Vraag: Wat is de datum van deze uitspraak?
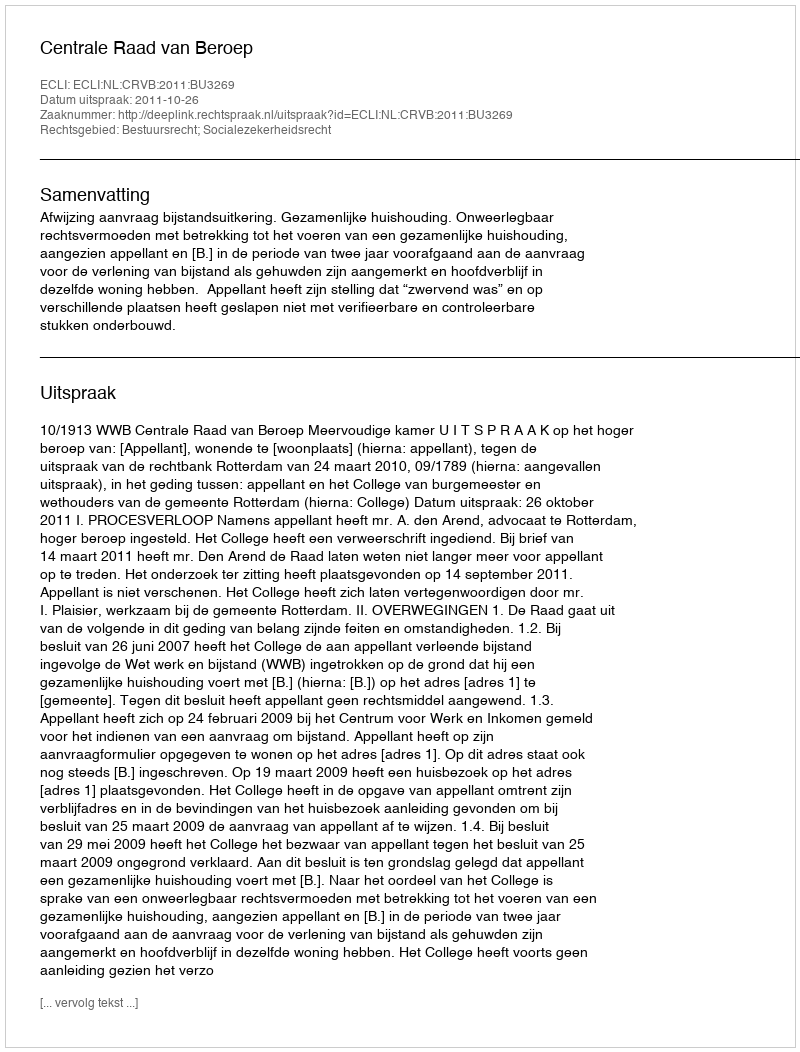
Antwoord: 2011-10-26